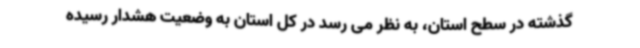
گذشته در سطح استان، به نظر می رسد در کل استان به وضعیت هشدار رسیده